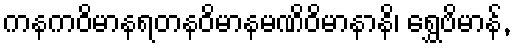
ကနကဝိမာနရတနဝိမာနမဏိဝိမာနာနိ၊ ရွှေဗိမာန်,